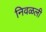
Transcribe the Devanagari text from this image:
निवळली